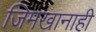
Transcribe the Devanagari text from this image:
जिमखानाही